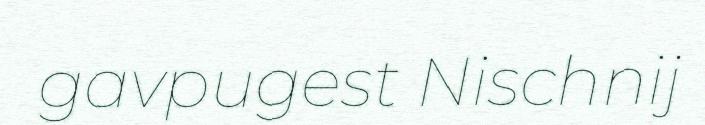
gavpugest Nischnij